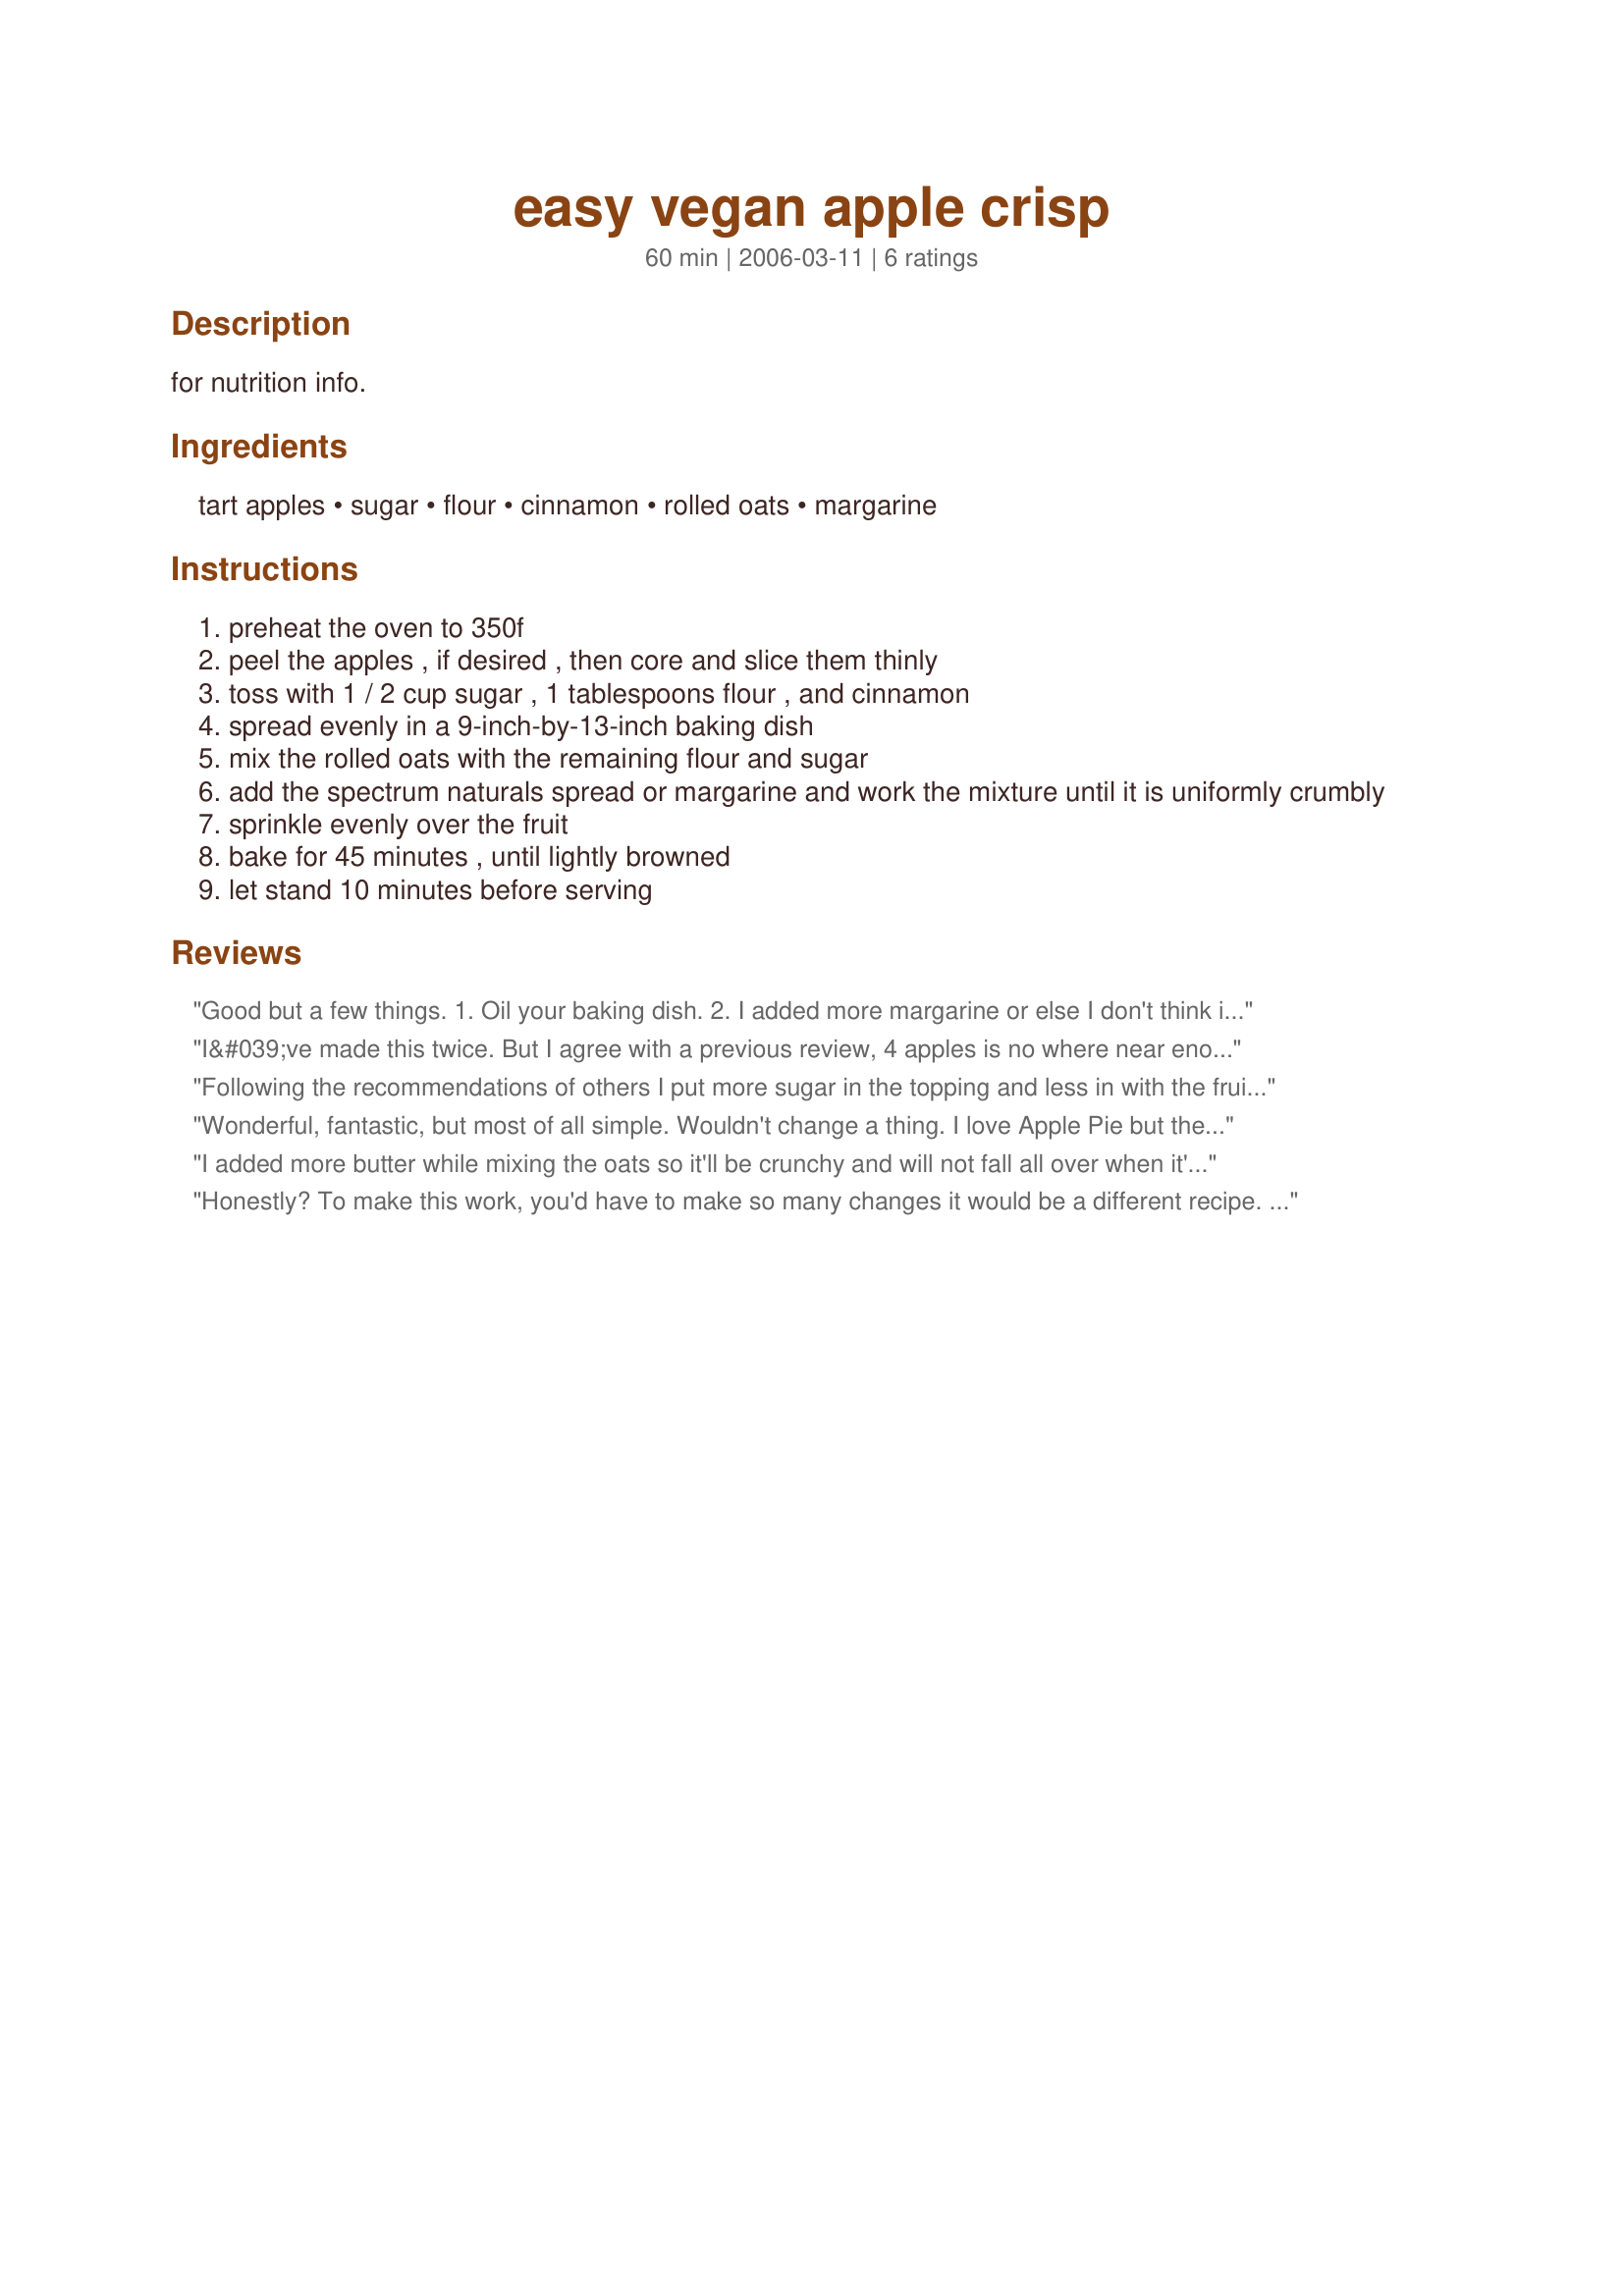
easy vegan apple crisp
Preparation time: 60 minutes

for nutrition info.

Ingredients:
tart apples, sugar, flour, cinnamon, rolled oats, margarine

Steps:
preheat the oven to 350f
peel the apples , if desired , then core and slice them thinly
toss with 1 / 2 cup sugar , 1 tablespoons flour , and cinnamon
spread evenly in a 9-inch-by-13-inch baking dish
mix the rolled oats with the remaining flour and sugar
add the spectrum naturals spread or margarine and work the mixture until it is uniformly crumbly
sprinkle evenly over the fruit
bake for 45 minutes , until lightly browned
let stand 10 minutes before serving

Reviews:
Good but a few things.
1. Oil your baking dish.
2. I added more margarine or else I don't think it would of tasted quite as good.
3. And a dash of salt.
4. Only complaint was that I found the sugar was disporportioned, next time I would add a higher percent to the topping and less to the apples.
I&#039;ve made this twice. But I agree with a previous review, 4 apples is no where near enough.I used small apples from our single tree in the yard. I had to have cut up at least 10. We&#039;ve still got plenty of apples on the tree. I will make this again and I&#039;ll weigh the cutup apples next time, and either update this review or write another one. Aside from the apple quantity, I didn&#039;t change anything else and it&#039;s come out very good both times.
Following the recommendations of others I put more sugar in the topping and less in with the fruit (I used black currants and strawberries with the apple), and added some extra oil to the crust (no margarine). I wish I had added some cinnamon too, but all in all this was really good and really simple! Thanks so much for posting.
Wonderful, fantastic, but most of all simple. Wouldn't change a thing. I love Apple Pie but there's just too many calories to go along with it. I used Smart Balance for the margarine, and 1/2 all-purpose 1/2 whole-wheat flour, and it turned out great AND healthy!
I added more butter while mixing the oats so it'll be crunchy and will not fall all over when it's ready for serve.

It's so simple and my family love it, thanks!
Honestly? To make this work, you'd have to make so many changes it would be a different recipe. No offense, but this was terrible. Not enough apple for a 9X 13 pan, not enough butter/oil to make a "crisp." There should be less sugar and more cinnamon. Sorry, but it failed.
